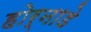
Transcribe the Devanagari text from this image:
होर्नाडे